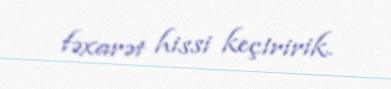
fəxarət hissi keçiririk.